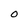
Character: O